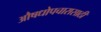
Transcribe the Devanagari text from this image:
औषधोपचारासाठी